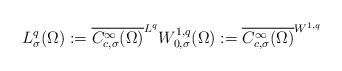
LaTeX: \begin{align*} L^q_{\sigma} (\Omega) := \overline{C_{c , \sigma}^{\infty} (\Omega)}^{L^q} W^{1 , q}_{0 , \sigma} (\Omega) := \overline{C_{c , \sigma}^{\infty} (\Omega)}^{W^{1 , q}}\end{align*}